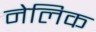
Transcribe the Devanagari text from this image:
नेलिक